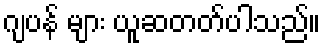
ဂျပန် များ ယူဆတတ်ပါသည်။